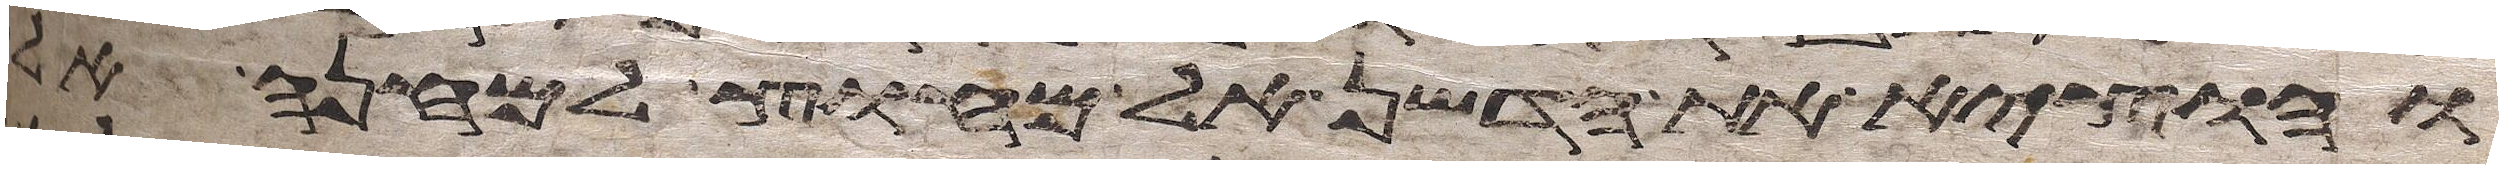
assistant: והוציא את הדשן אל מחוץ למחנה אל